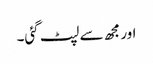
اور مجھ سے لپٹ گئی۔